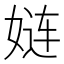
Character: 𮱇